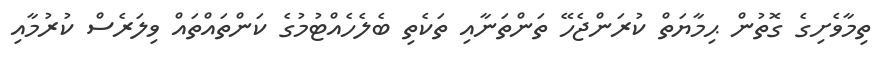
ތިމާވެށިގެ ގޮތުން ޙިމާޔަތް ކުރަންޖެހޭ ތަންތަނާއި ތަކެތި ބެލެހެއްޓުމުގެ ކަންތައްތައް ވިލަރެސް ކުރުމާއި